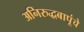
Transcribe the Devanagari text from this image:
अनिरुद्धबापूंचे